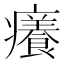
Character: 癢